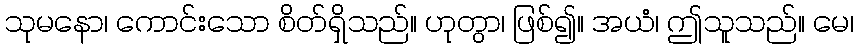
သုမနော၊ ကောင်းသော စိတ်ရှိသည်။ ဟုတွာ၊ ဖြစ်၍။ အယံ၊ ဤသူသည်။ မေ၊